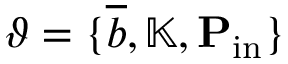
\vartheta = \{ \overline { { b } } , \mathbb { K } , \mathbf { P } _ { \mathrm { i n } } \}